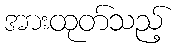
အားထုတ်သည့်